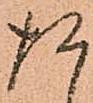
た